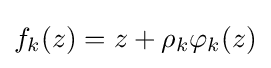
f_{k}(z)=z+\rho _{k}\varphi _{k}(z)